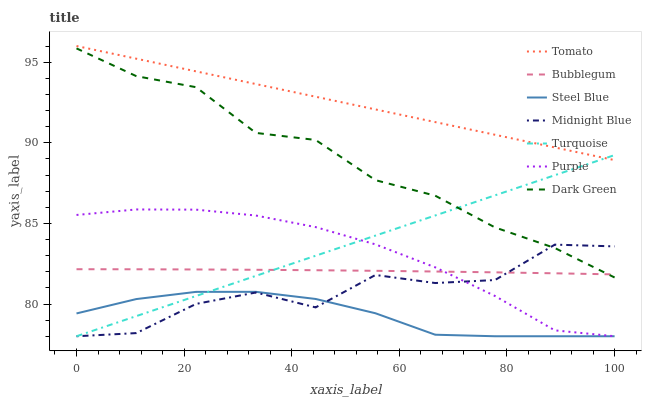
| xaxis_label | Tomato | Bubblegum | Steel Blue | Midnight Blue | Turquoise | Purple | Dark Green |
 | --- | --- | --- | --- | --- | --- | --- | --- |
 | 0 | 96 | 82.2 | 79.4 | 78 | 78 | 85.5 | 95.9 |
 | 11.1 | 95.2 | 82.2 | 80.3 | 78.2 | 79.2 | 85.9 | 94.1 |
 | 22.2 | 94.4 | 82.1 | 80.8 | 80 | 80.5 | 85.9 | 93.4 |
 | 33.3 | 93.6 | 82.1 | 80.8 | 80.7 | 81.7 | 85.5 | 90.6 |
 | 44.4 | 92.9 | 82.1 | 80.3 | 79.8 | 83 | 84.8 | 90.2 |
 | 55.6 | 92.1 | 82.1 | 79.4 | 81.8 | 84.2 | 83.7 | 87.7 |
 | 66.7 | 91.3 | 82 | 78.1 | 81.3 | 85.5 | 82.3 | 86.7 |
 | 77.8 | 90.5 | 82 | 78 | 81.5 | 86.7 | 80.5 | 84.7 |
 | 88.9 | 89.7 | 81.9 | 78 | 83.7 | 88 | 78.4 | 83.5 |
 | 100 | 88.9 | 81.8 | 78 | 83.6 | 89.2 | 78 | 81.6 |